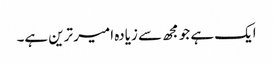
ایک ہے جو مجھ سے زیادہ امیر ترین ہے۔